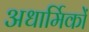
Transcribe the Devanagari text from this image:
अधार्मिकों